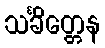
သင်္ခိတ္တေန